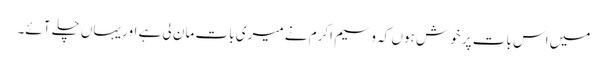
میں اس بات پر خوش ہوں کہ وسیم اکرم نے میری بات مان لی ہے اور یہاں چلے آئے۔